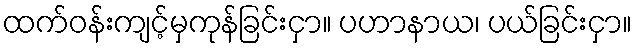
ထက်ဝန်းကျင့်မှကုန်ခြင်းငှာ။ ပဟာနာယ၊ ပယ်ခြင်းငှာ။